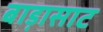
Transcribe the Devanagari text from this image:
बाड़ासाट